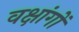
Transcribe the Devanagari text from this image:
वक्षांगों